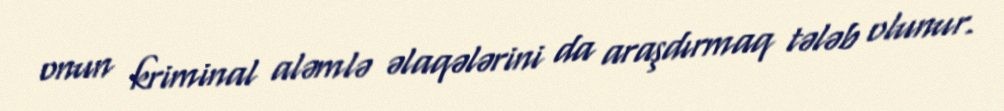
onun kriminal aləmlə əlaqələrini da araşdırmaq tələb olunur.